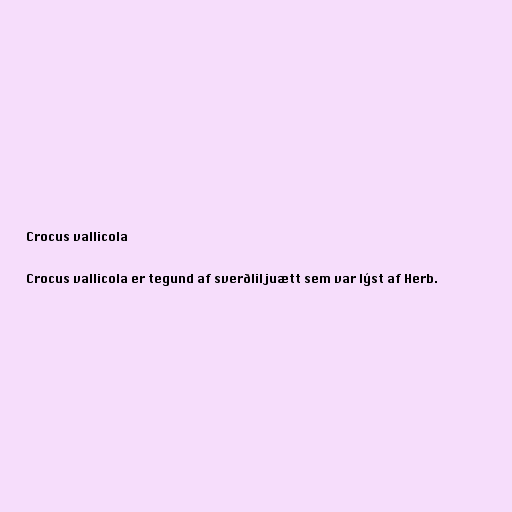
Crocus vallicola

Crocus vallicola er tegund af sverðliljuætt sem var lýst af Herb.